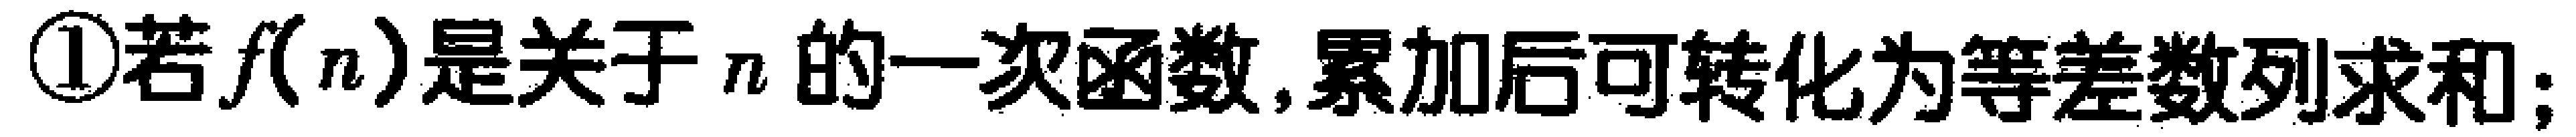
\textcircled{1}若\(f(n)\)是关于\(n\)的一次函数,累加后可转化为等差数列求和;